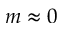
m \approx 0